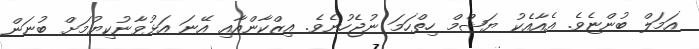
އަމަލް ބުންޏެވެ. އެއާއެކު ޔަޝްމް ހިތްހަމަ ނުޖެހުނެވެ. އިޒްކާންއާއި އޭނަ އަޅުވާނުކިޔުމަށް ބުނަން